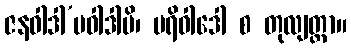
ဇနဝါဒါ’ပဝါဒါပိ၊ ပရိဝါဒေါ စ တုလျတ္ထာ။